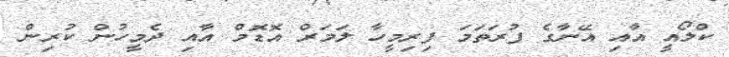
ކްލޯއީ އާއި އޭނާގެ ފުރަތަމަ ފިރިމީހާ ލަމަރް އޮޑޮމް އާއި ދެމީހުން ކުރިން